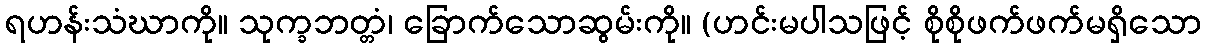
ရဟန်းသံဃာကို။ သုက္ခဘတ္တံ၊ ခြောက်သောဆွမ်းကို။ (ဟင်းမပါသဖြင့် စိုစိုဖက်ဖက်မရှိသော